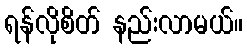
ရန်လိုစိတ် နည်းလာမယ်။